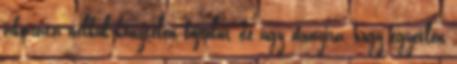
akarata nélkül kénytelen böjtölni, de úgy annyira, hogy egyetlen